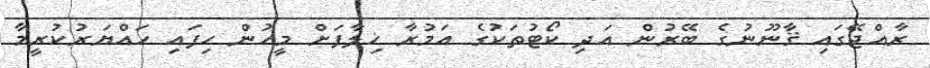
ރާއްޖޭގައި ޤާނޫނުގެ ބޭރުން އަދި ކޯޓުތަކުގެ އަމުރާ ޚިލާފަށް މީހުން ހިފައި ހައްޔަރުކުރީމާ